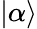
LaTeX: \left\vert\alpha\right\rangle